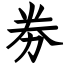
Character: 劵